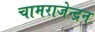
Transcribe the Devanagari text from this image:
चामराजेन्द्रन